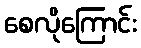
စေလိုကြောင်း